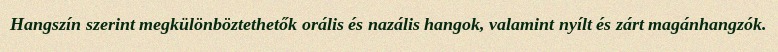
Hangszín szerint megkülönböztethetők orális és nazális hangok, valamint nyílt és zárt magánhangzók.